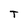
Character: T